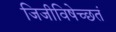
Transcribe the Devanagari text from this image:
जिजीविषेच्छतं